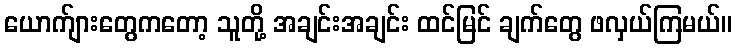
ယောက်ျားတွေကတော့ သူတို့ အချင်းအချင်း ထင်မြင် ချက်တွေ ဖလှယ်ကြမယ်။